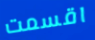
اقسمت